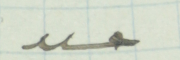
عدد